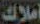
أملاك